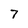
Character: 7